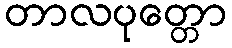
တာလပုတ္တော